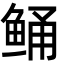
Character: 鲬